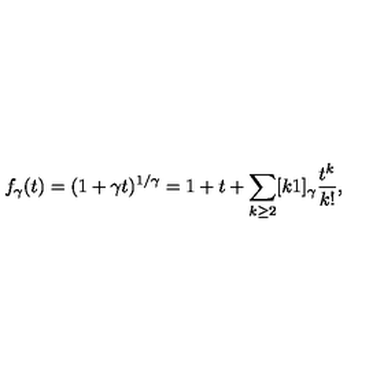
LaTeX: f _ { \gamma } ( t ) = ( 1 + \gamma t ) ^ { 1 / \gamma } = 1 + t + \sum _ { k \geq 2 } [ k \- 1 ] _ { \gamma } \frac { t ^ { k } } { k ! } ,